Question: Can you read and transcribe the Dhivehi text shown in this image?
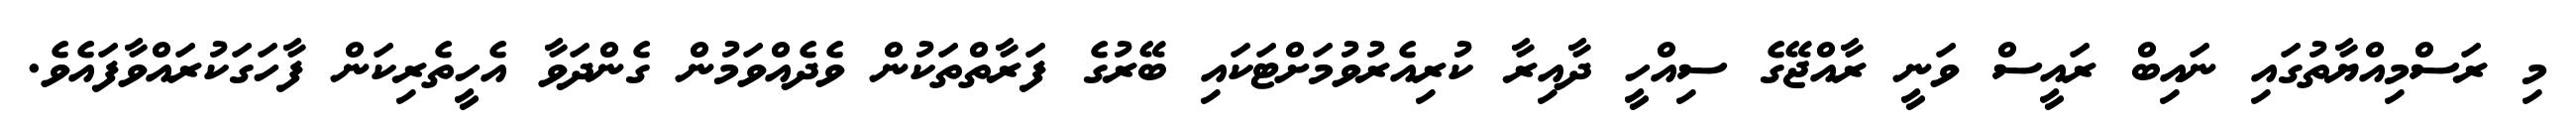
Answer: މި ރަސްމިއްޔާތުގައި ނައިބް ރައީސް ވަނީ ރާއްޖޭގެ ސިއްހީ ދާއިރާ ކުރިއެރުވުމަށްޓަކައި ބޭރުގެ ފަރާތްތަކުން ވެދެއްވަމުން ގެންދަވާ އެހީތެރިކަން ފާހަގަކުރައްވާފައެވެ.